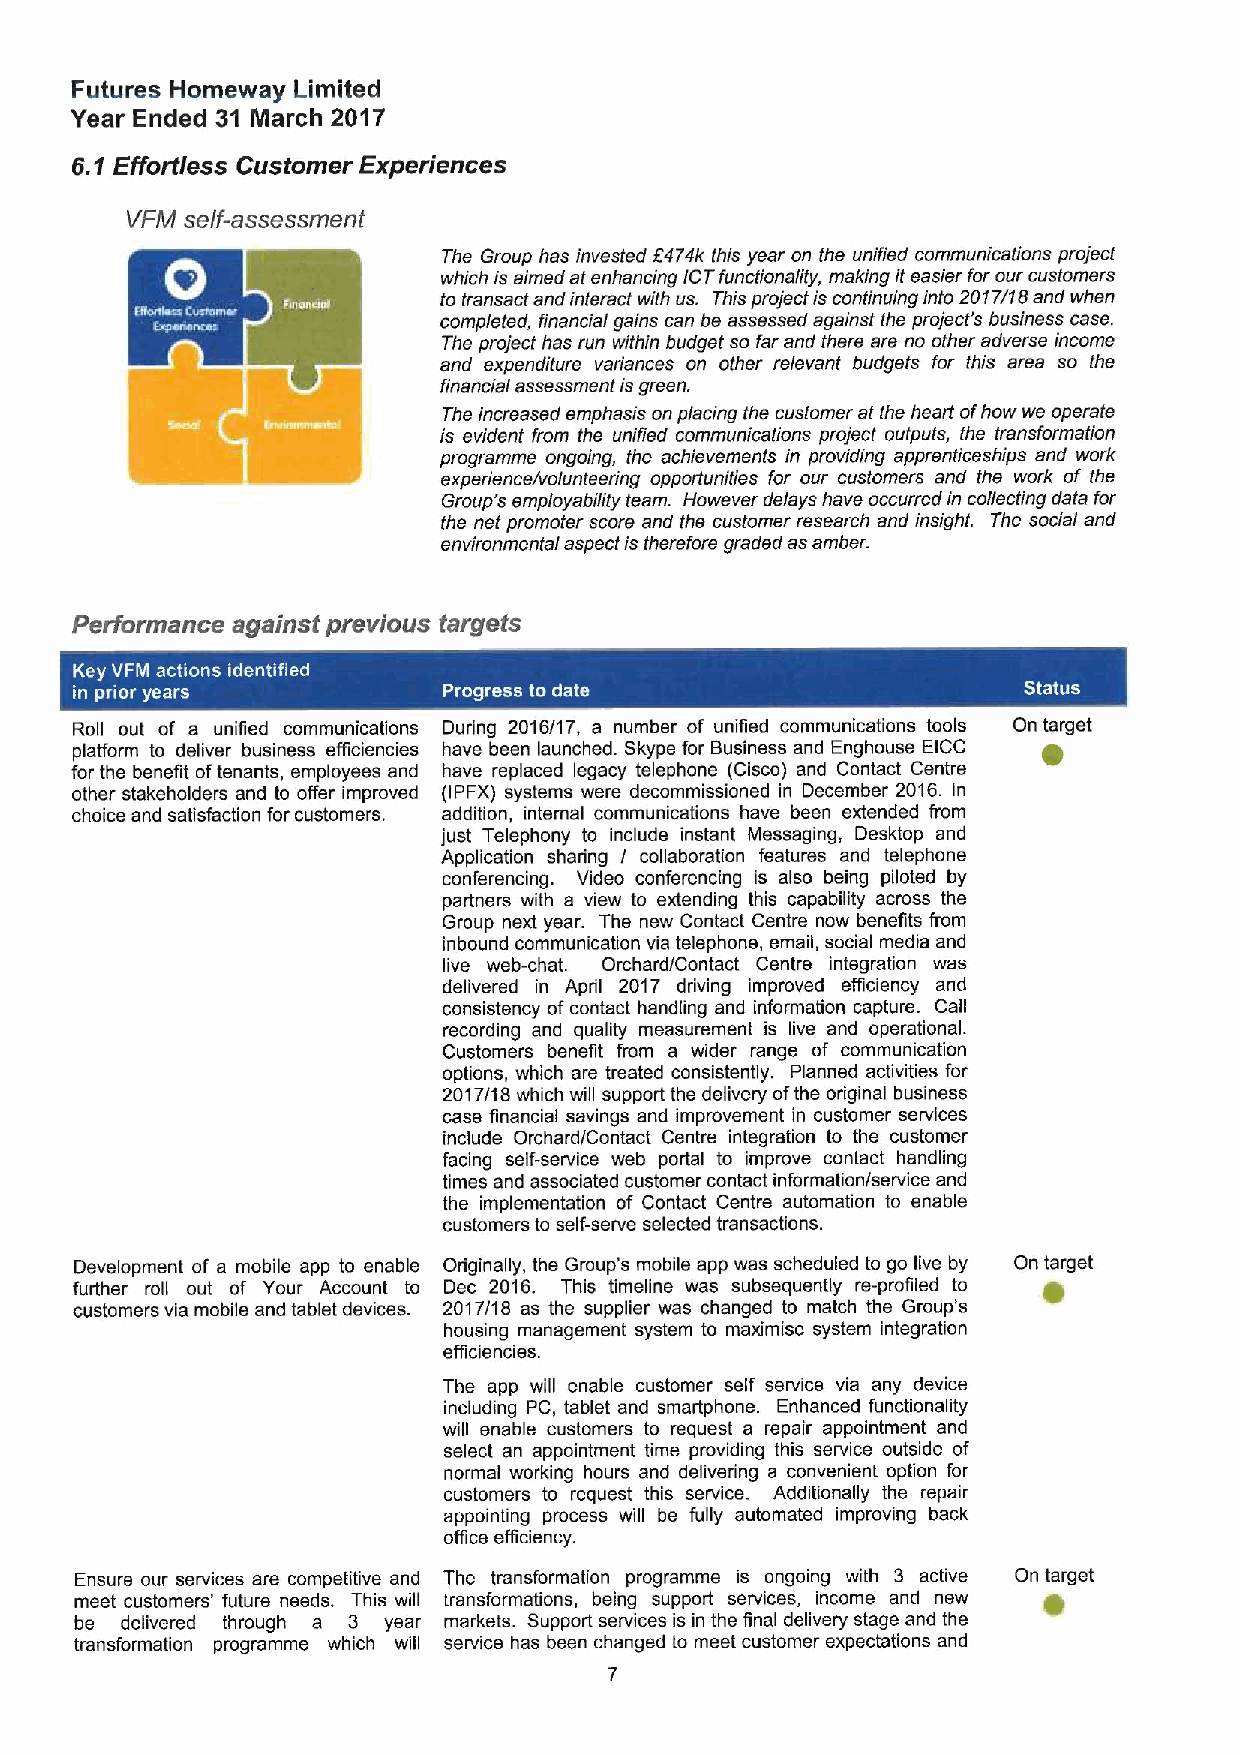
Futures Homeway Limited
 Year Ended 31 March 2017
 6.1Effortless Customer Experiences
 VFM self-assessment
 The Group has invested f474k this year on the unified communications project
 which is aimed at enhancing /CT functionality, making iteasier for our customers
 io transact and interact with us. This projectis continuing into 2017/18 and when
 completed, financial gains can be assessed against the proj ect's business case.
 The project has run within budget so far and there are no other adverse income
 and expendiiure variances on other relevant budgets for this area so the
 financial assessment isgreen.
 The increased emphasis on placing the customer at the heart ofhow we operate
 is evident from the unified communications project outputs, the transformation
 programme ongoing, the achievements in providing apprenticeships and work
 experienceyvo/unteering opportunities for our customers and the work of the
 Group's employability team. However delays have occurred in collecting data for
 the net promoter score and the customer research and insight. The social and
 environmental aspect is therefore graded as amber.
 Performance against previous targets
 Roll out of a unified communications During 2016/17, a number of unified communications tools On target
 plafform to deliver business efficiencies have been launched. Skype for Business and Enghouse EICC
 for the benefit oftenants, employees and have replaced legacy telephone (Cisco) and Contact Centre
 other stakeholders and to offer improved (IPPX) systems were decommissioned in December 2016. In
 choice and satisfaction for customers. addition, internal communications have been extended from
 just Telephony to include instant Massaging, Desktop and
 Application sharing / collaboration features and telephone
 conferencing. Video conferencing is also being piloted by
 partners with a view to extending this capability across the
 Group next year. The new Contact Centre now benefits from
 inbound communication via telephone, email, social media and
 live web-chat. Orchard/Contact Centre integration was
 delivered in April 2017 driving improved efficiency and
 consistency ofcontact handling and information capture. Call
 recording and quality measurement is live and operational.
 Customers benefit from a wider range of communication
 options, which are treated consistently. Planned activities for
 2017/18 which will support the delivery ofthe original business
 case financial savings and improvement in customer services
 include Orchard/Contact Centre integration to the customer
 facing self-service web portal to improve contact handling
 times and associated customer contact information/service and
 the implementation of Contact Centre automation to enable
 customers to self-serve selected transactions.
 Development of a mobile app to enable Originally, the Group's mobile app was scheduled to go live by On target
 further roll out of Your Account to Dec 2016. This timeline was subsequently re-profiled to
 customers via mobile and tablet devices. 2017/18 as the supplier was changed to match the Group's
 housing management system to maximise system integration
 efficiencies.
 The app will enable customer self service via any device
 including PC, tablet and smartphone. Enhanced functionality
 will enable customers to request a repair appointment and
 select an appointment time providing this service outside of
 normal working hours and delivering a convenient option for
 customers to request this service. Additionally the repair
 appointing process will be fully automated improving back
 office etliciency.
 Ensure our services are competitive and The transformation programme is ongoing with 3 active On target
 meet customers' future needs. This will transformations, being support services, income and new
 be delivered through a 3 year markets. Support services is in the final delivery stage and the
 transformation programme which will service has been changed to meet customer expectations and
 7